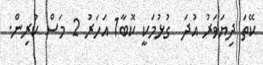
ކޭތަ ދިޔަވަރު އުދަ  ގުޅުމަކީ ކޮބާ1 އަހަރު 2 މަސް ކުރިން.